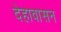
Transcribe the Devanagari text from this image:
देहावासन